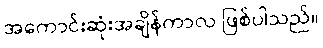
အကောင်းဆုံးအချိန်ကာလ ဖြစ်ပါသည်။